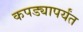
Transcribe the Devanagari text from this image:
कपड्यापर्यंत